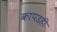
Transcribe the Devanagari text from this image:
कापडही